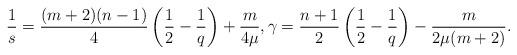
LaTeX: \begin{align*} \frac 1 s= \frac{(m+2)(n-1)}4 \left( \frac 1 2 -\frac 1 q\right) +\frac m {4 \mu}, \gamma=\frac{n+1}{2}\left( \frac 1 2 -\frac 1 q \right)-\frac m {2\mu(m+2)}.\end{align*}